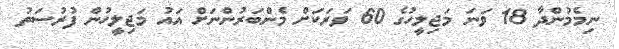
ނިމެމުންދާ 18 ވަނަ މަޖިލީހުގެ 60 ވަރަކަށް މެންބަރުންނަށް އައު މަޖިލީހުން ފުރުސަތު